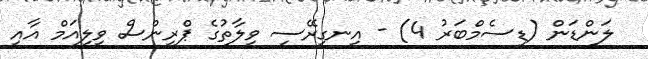
ލަންޑަން (ޑިސެމްބަރު 4) - އިނގިރޭސި ވިލާތުގެ ޕްރިންސް ވިލިއަމް އާއި